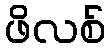
ဖိလစ်